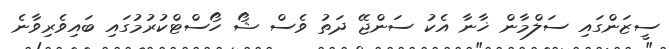
ސީޒަންގައި ސަލްމާން ޚާނާ އެކު ސަންޖޭ ދަތު ވެސް ޝޯ ހޯސްޓްކުރުމުގައި ބައިވެރިވާނެ